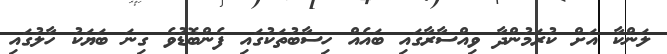
ލަންކާ އަށް ކުރަމުންދާ ވިއްސާރާގައި ބައެއް ހިސާބުތަކުގައި ފެންބޮޑުވެ ގިނަ ބަޔަކު ހާލުގައި